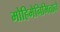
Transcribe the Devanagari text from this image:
मोहिमेनिमित्ताने